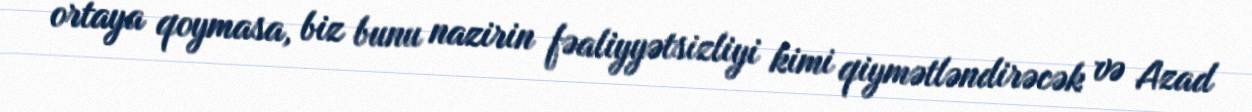
ortaya qoymasa, biz bunu nazirin fəaliyyətsizliyi kimi qiymətləndirəcək və Azad